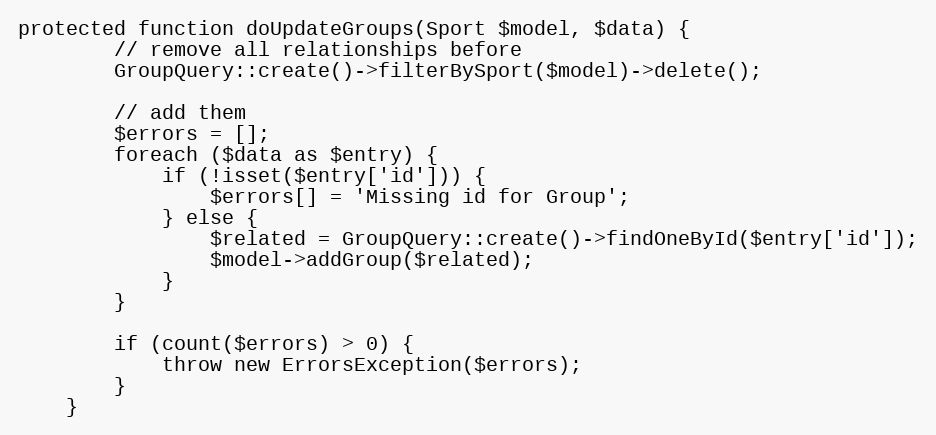
Language: PHP
protected function doUpdateGroups(Sport $model, $data) {
		// remove all relationships before
		GroupQuery::create()->filterBySport($model)->delete();

		// add them
		$errors = [];
		foreach ($data as $entry) {
			if (!isset($entry['id'])) {
				$errors[] = 'Missing id for Group';
			} else {
				$related = GroupQuery::create()->findOneById($entry['id']);
				$model->addGroup($related);
			}
		}

		if (count($errors) > 0) {
			throw new ErrorsException($errors);
		}
	}